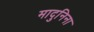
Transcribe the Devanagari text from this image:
मादुनिना